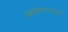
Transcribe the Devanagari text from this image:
आसामान्यताएं